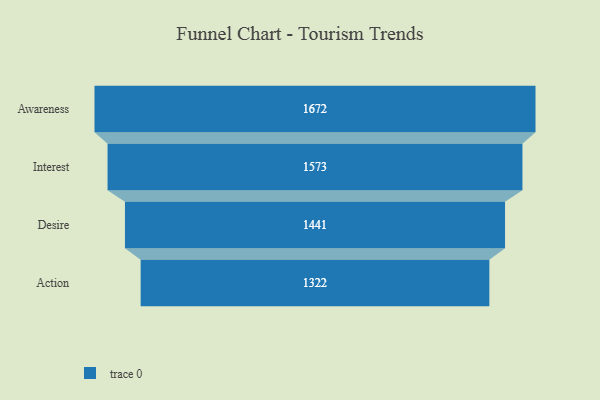
{"axis": {"x": "Stage", "y": "Value"}, "legend": [""], "data": [{"x": "Awareness", "y": 1672.0, "type": ""}, {"x": "Interest", "y": 1573.0, "type": ""}, {"x": "Desire", "y": 1441.0, "type": ""}, {"x": "Action", "y": 1322.0, "type": ""}]}